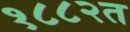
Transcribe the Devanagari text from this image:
१८८२त